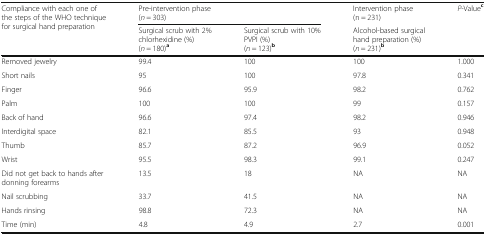
| <ROWSPAN=2> Compliance with each one of the steps of the WHO technique for surgical hand preparation | <COLSPAN=2> Pre-intervention phase(n = 303) | Intervention phase(n = 231) | <ROWSPAN=2> P-Valuec |
 | Surgical scrub with 2% chlorhexidine (%)(n = 180)a | Surgical scrub with 10% PVPI (%)(n = 123)b | Alcohol-based surgical hand preparation (%)(n = 231)b |
 | --- | --- | --- | --- | --- |
 | Removed jewelry | 99.4 | 100 | 100 | 1.000 |
 | Short nails | 95 | 100 | 97.8 | 0.341 |
 | Finger | 96.6 | 95.9 | 98.2 | 0.762 |
 | Palm | 100 | 100 | 99 | 0.157 |
 | Back of hand | 96.6 | 97.4 | 98.2 | 0.946 |
 | Interdigital space | 82.1 | 85.5 | 93 | 0.948 |
 | Thumb | 85.7 | 87.2 | 96.9 | 0.052 |
 | Wrist | 95.5 | 98.3 | 99.1 | 0.247 |
 | Did not get back to hands after donning forearms | 13.5 | 18 | NA | NA |
 | Nail scrubbing | 33.7 | 41.5 | NA | NA |
 | Hands rinsing | 98.8 | 72.3 | NA | NA |
 | Time (min) | 4.8 | 4.9 | 2.7 | 0.001 |